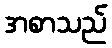
အစာသည်